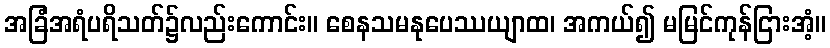
အခြံအရံပရိသတ်၌လည်းကောင်း။ စေနသမနုပေဿယျာထ၊ အကယ်၍ မမြင်ကုန်ငြားအံ့။